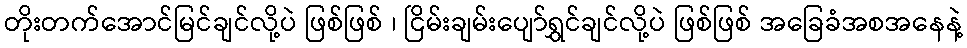
တိုးတက်အောင်မြင်ချင်လို့ပဲ ဖြစ်ဖြစ် ၊ ငြိမ်းချမ်းပျော်ရွှင်ချင်လို့ပဲ ဖြစ်ဖြစ် အခြေခံအစအနေနဲ့